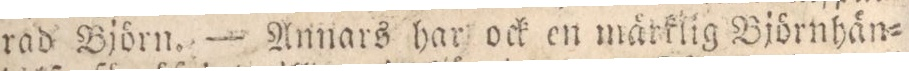
rad Björn. — Annars har ock en mätklig Björnhän=